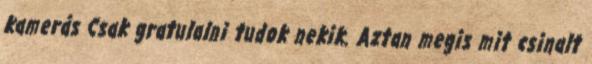
kamerás Csak gratulalni tudok nekik. Aztan megis mit csinalt